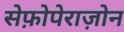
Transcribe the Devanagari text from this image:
सेफ़ोपेराज़ोन